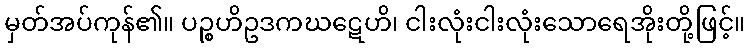
မှတ်အပ်ကုန်၏။ ပဉ္စဟိဥဒကဃဋေဟိ၊ ငါးလုံးငါးလုံးသောရေအိုးတို့ဖြင့်။